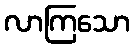
လာကြသော